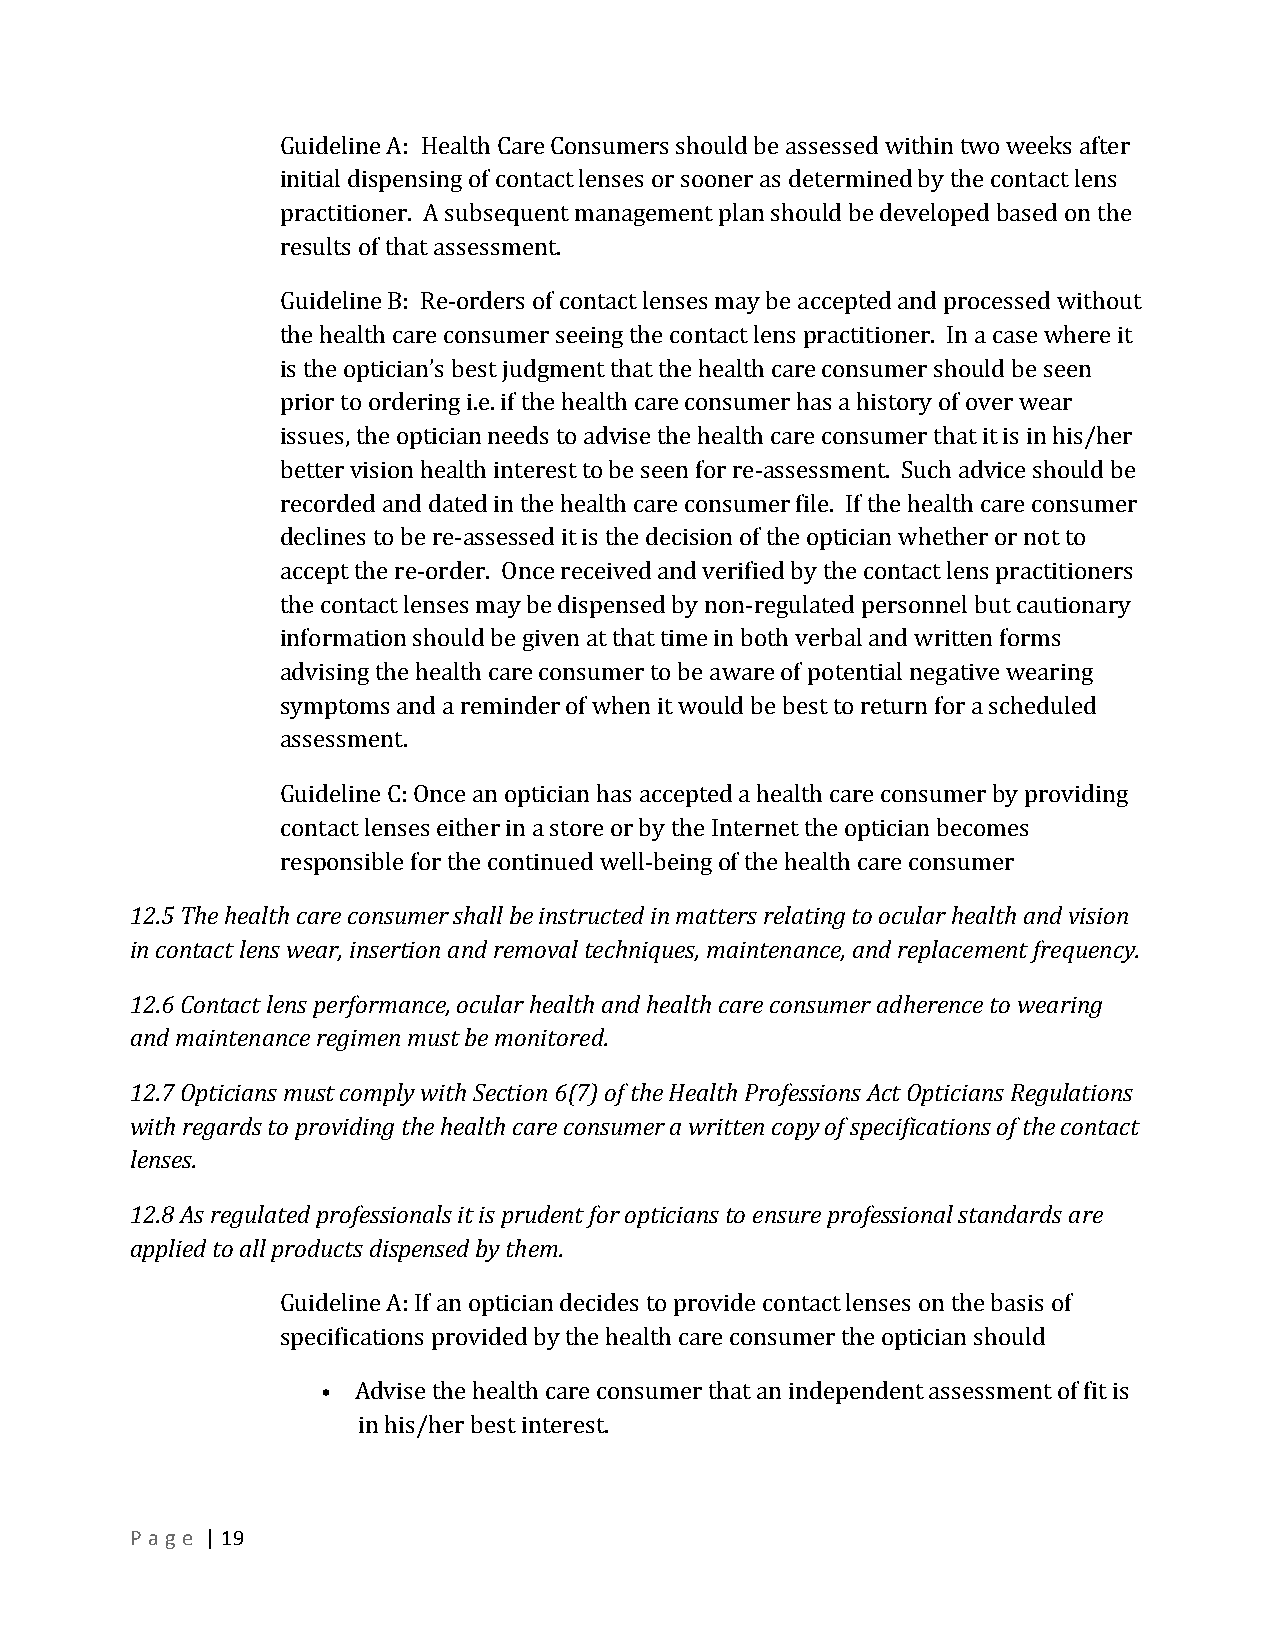
Guideline A: Health Care Consumers should be assessed within two weeks after
 initial dispensing of contact lenses or sooner as determined by the contact lens
 practitioner. A subsequent management plan should be developed based on the
 results of that assessment.
 Guideline B: Re-­‐orders of contact lenses may be accepted and processed without
 the health care consumer seeing the contact lens practitioner. In a case where it
 is the optician’s best judgment that the health care consumer should be seen
 prior to ordering i.e. if the health care consumer has a history of over wear
 issues, the optician needs to advise the health care consumer that it is in his/her
 better vision health interest to be seen for re-­‐assessment. Such advice should be
 recorded and dated in the health care consumer file. If the health care consumer
 declines to be re-­‐assessed it is the decision of the optician whether or not to
 accept the re-­‐order. Once received and verified by the contact lens practitioners
 the contact lenses may be dispensed by non-­‐regulated personnel but cautionary
 information should be given at that time in both verbal and written forms
 advising the health care consumer to be aware of potential negative wearing
 symptoms and a reminder of when it would be best to return for a scheduled
 assessment.
 Guideline C: Once an optician has accepted a health care consumer by providing
 contact lenses either in a store or by the Internet the optician becomes
 responsible for the continued well-­‐being of the health care consumer
 12.5 The health care consumer shall be instructed in matters relating to ocular health and vision
 in contact lens wear, insertion and removal techniques, maintenance, and replacement frequency.
 12.6 Contact lens performance, ocular health and health care consumer adherence to wearing
 and maintenance regimen must be monitored.
 12.7 Opticians must comply with Section 6(7) of the Health Professions Act Opticians Regulations
 with regards to providing the health care consumer a written copy of specifications of the contact
 lenses.
 12.8 As regulated professionals it is prudent for opticians to ensure professional standards are
 applied to all products dispensed by them.
 Guideline A: If an optician decides to provide contact lenses on the basis of
 specifications provided by the health care consumer the optician should
 •  Advise the health care consumer that an independent assessment of fit is
 in his/her best interest.
 P a g e | 19